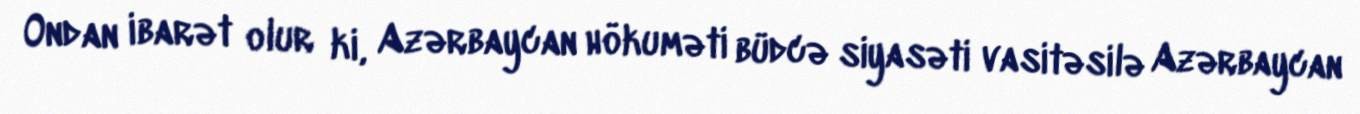
Ondan ibarət olur ki, Azərbaycan hökuməti büdcə siyasəti vasitəsilə Azərbaycan